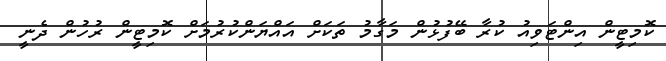
ކޮމިޓީން އިންޓަވިއު ކުރާ ބޭފުޅުން މަގާމު ތަކަށް އައްޔަންކުރުމަށް ކޮމިޓީން ރުހުން ދެނީ